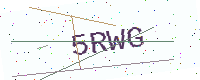
Text: 5RWG